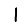
Digit: 1